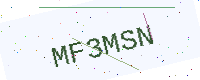
Text: MF3MSN